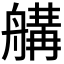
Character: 𦩷